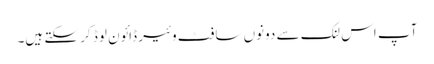
آپ اس لنک سے دونوں سافٹ وئیر ڈائون لوڈ کر سکتے ہیں۔